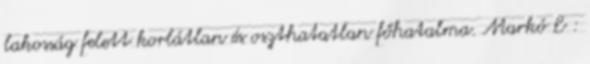
lakosság felett korlátlan és oszthatatlan főhatalma. Markó Σ :